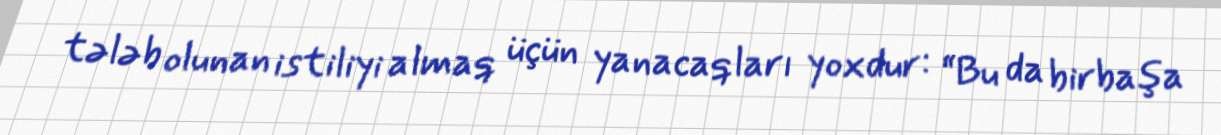
tələb olunan istiliyi almaq üçün yanacaqları yoxdur: “Bu da birbaşa